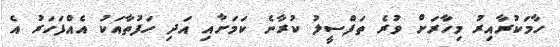
ހާމަކުރާއިރު މިހާރަށް ވުރެ ތަފްސީލު ކުރާނެ ކަމަށާއި އަދި ހަފުތާއަކު އެއްފަހަރު އެ